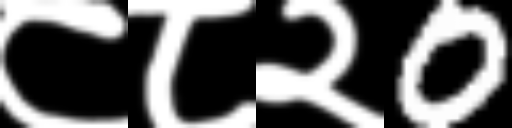
Text: ८८२0